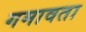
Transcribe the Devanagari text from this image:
गमावता